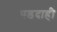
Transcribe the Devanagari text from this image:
पडदाही